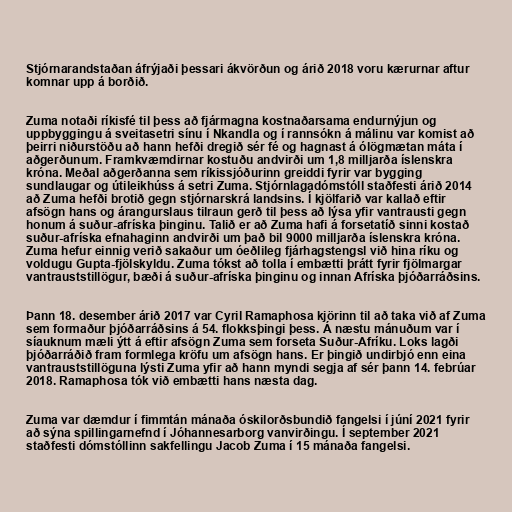
Stjórnarandstaðan áfrýjaði þessari ákvörðun og árið 2018 voru kærurnar aftur
komnar upp á borðið.

Zuma notaði ríkisfé til þess að fjármagna kostnaðarsama endurnýjun og
uppbyggingu á sveitasetri sínu í Nkandla og í rannsókn á málinu var komist að
þeirri niðurstöðu að hann hefði dregið sér fé og hagnast á ólögmætan máta í
aðgerðunum. Framkvæmdirnar kostuðu andvirði um 1,8 milljarða íslenskra
króna. Meðal aðgerðanna sem ríkissjóðurinn greiddi fyrir var bygging
sundlaugar og útileikhúss á setri Zuma. Stjórnlagadómstóll staðfesti árið 2014
að Zuma hefði brotið gegn stjórnarskrá landsins. Í kjölfarið var kallað eftir
afsögn hans og árangurslaus tilraun gerð til þess að lýsa yfir vantrausti gegn
honum á suður-afríska þinginu. Talið er að Zuma hafi á forsetatíð sinni kostað
suður-afríska efnahaginn andvirði um það bil 9000 milljarða íslenskra króna.
Zuma hefur einnig verið sakaður um óeðlileg fjárhagstengsl við hina ríku og
voldugu Gupta-fjölskyldu. Zuma tókst að tolla í embætti þrátt fyrir fjölmargar
vantrauststillögur, bæði á suður-afríska þinginu og innan Afríska þjóðarráðsins.

Þann 18. desember árið 2017 var Cyril Ramaphosa kjörinn til að taka við af Zuma
sem formaður þjóðarráðsins á 54. flokksþingi þess. Á næstu mánuðum var í
síauknum mæli ýtt á eftir afsögn Zuma sem forseta Suður-Afríku. Loks lagði
þjóðarráðið fram formlega kröfu um afsögn hans. Er þingið undirbjó enn eina
vantrauststillöguna lýsti Zuma yfir að hann myndi segja af sér þann 14. febrúar
2018. Ramaphosa tók við embætti hans næsta dag.

Zuma var dæmdur í fimmtán mánaða óskilorðsbundið fangelsi í júní 2021 fyrir
að sýna spillingarnefnd í Jóhannesarborg vanvirðingu. Í september 2021
staðfesti dómstóllinn sakfellingu Jacob Zuma í 15 mánaða fangelsi.